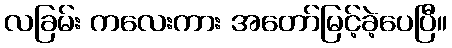
လခြမ်း ကလေးကား အတော်မြင့်ခဲ့ပေပြီ။